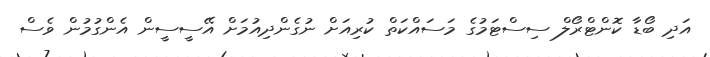
އަދި ބޯޑާ ކޮންޓްރޯލް ސިސްޓަމުގެ މަސައްކަތް ކުރިއަށް ނުގެންދިއުމަށް އޭސީސީން އެންގުމުން ވެސް